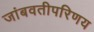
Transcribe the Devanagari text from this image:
जांबवतीपरिणय